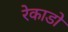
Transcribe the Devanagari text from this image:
रेकाडो